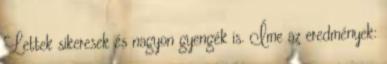
Lettek sikeresek és nagyon gyengék is. Íme az eredmények: